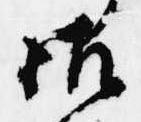
御